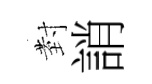
𭔹誚